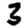
Digit: 3